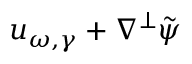
u _ { \omega , \gamma } + \nabla ^ { \perp } \tilde { \psi }